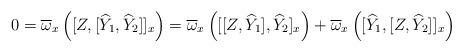
LaTeX: \begin{align*} 0 = \overline{\omega}_x\left([Z,[\widehat{Y}_1,\widehat{Y}_2]]_x\right) = \overline{\omega}_x\left([[Z,\widehat{Y}_1],\widehat{Y}_2]_x\right) + \overline{\omega}_x\left([\widehat{Y}_1,[Z,\widehat{Y}_2]]_x\right) \end{align*}